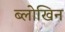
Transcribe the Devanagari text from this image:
ब्लोखिन